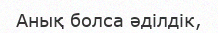
Анық болса әділдік,